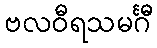
ဗလဝီရသမင်္ဂီ